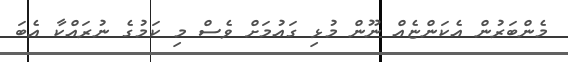
މެންބަރުން އެކަންޏެއް ނޫން މުޅި ގައުމަށް ވެސް މި ކަމުގެ ނުރައްކާ އެބަ